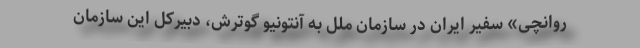
روانچی» سفیر ایران در سازمان ملل به آنتونیو گوترش، دبیرکل این سازمان